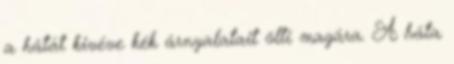
a hátát kivéve kék árnyalatait ölti magára. A háta